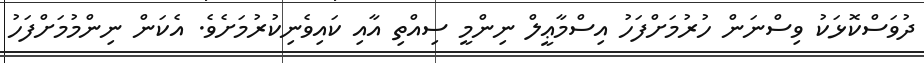
ދުވަސްކޮޅަކު ވިސްނަން ހުރުމަށްފަހު އިސްމާޢީލް ނިންމީ ސިއްތި އާއި ކައިވެނިކުރުމަށެވެ. އެކަން ނިންމުމަށްފަހު